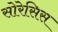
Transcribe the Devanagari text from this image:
सोरेसिस